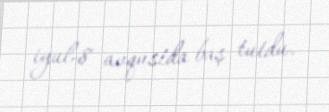
iyul-8 avqustda baş tutdu.